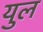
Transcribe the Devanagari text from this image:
युल